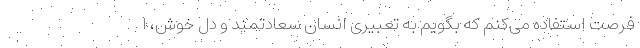
فرصت استفاده می‌کنم که بگویم به تعبیری انسان سعادتمند و دل خوش، ا